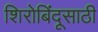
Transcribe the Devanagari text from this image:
शिरोबिंदूसाठी